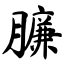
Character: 臁